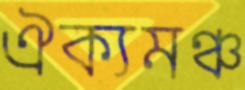
ঐক্যমঞ্চ